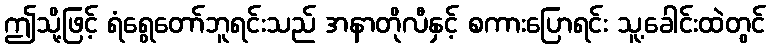
ဤသို့ဖြင့် ရံရွေတော်ဘူရင်းသည် အနာတိုလီနှင့် စကားပြောရင်း သူ့ခေါင်းထဲတွင်